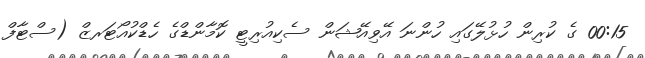
00:15 ގެ ކުރިން ހުޅުލޭގައި ހުންނަ އޭވިއޭޝަން ސެކިއުރިޓީ ކޮމާންޑްގެ ހެޑްކުއޯޓަރޒް (ސްޓާފް